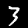
Label: 3